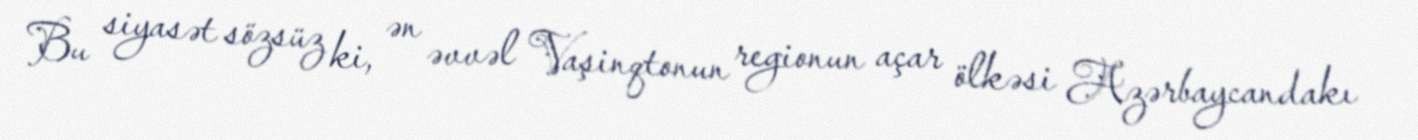
Bu siyasət sözsüz ki, ən əvvəl Vaşinqtonun regionun açar ölkəsi Azərbaycandakı